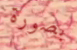
بصورة